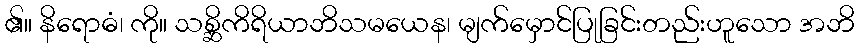
၏။ နိရောဓံ၊ ကို။ သစ္ဆိကိရိယာဘိသမယေန၊ မျက်မှောင်ပြုခြင်းတည်းဟူသော အဘိ